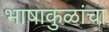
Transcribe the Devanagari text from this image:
भाषाकुळांचा